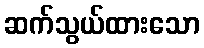
ဆက်သွယ်ထားသော